Problem: 44 + 45 = ?
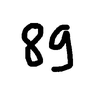
Handwritten answer: 89